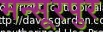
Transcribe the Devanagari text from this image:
मन्सूरपुर